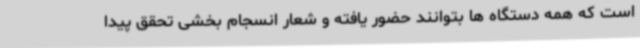
است که همه دستگاه ها بتوانند حضور یافته و شعار انسجام بخشی تحقق پیدا